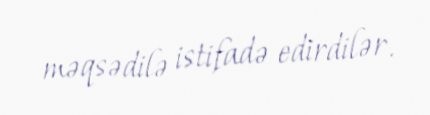
məqsədilə istifadə edirdilər.